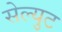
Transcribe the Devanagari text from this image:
सेल्युट